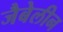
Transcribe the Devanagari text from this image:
जैबेलीन